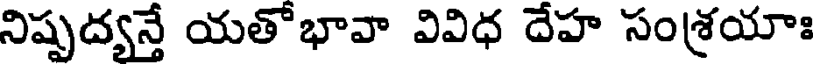
నిష్పద్యన్తే యతోభావా వివిధ దేహ సంశ్రయాః